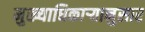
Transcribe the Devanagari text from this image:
मुख्याधिकार्‍यानुसार